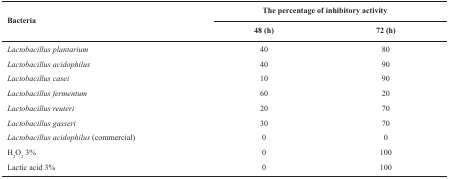
<table><thead><tr><td rowspan="3"><b>Bacteria</b></td><td colspan="2"><b>The percentage of inhibitory activity</b></td></tr><tr><td><b>48 (h)</b></td><td><b>72 (h)</b></td></tr></thead><tbody><tr><td><i>Lactobacillus plantarium</i></td><td>40</td><td>80</td></tr><tr><td><i>Lactobacillus acidophilus</i></td><td>40</td><td>90</td></tr><tr><td><i>Lactobacillus casei</i></td><td>10</td><td>90</td></tr><tr><td><i>Lactobacillus fermentum</i></td><td>60</td><td>20</td></tr><tr><td><i>Lactobacillus reuteri</i></td><td>20</td><td>70</td></tr><tr><td><i>Lactobacillus gasseri</i></td><td>30</td><td>70</td></tr><tr><td><i>Lactobacillus acidophilus</i> (commercial)</td><td>0</td><td>0</td></tr><tr><td>H<sub>2</sub>O<sub>2</sub>3%</td><td>0</td><td>100</td></tr><tr><td>Lactic acid 3%</td><td>0</td><td>100</td></tr></tbody></table>